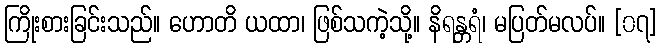
ကြိုးစားခြင်းသည်။ ဟောတိ ယထာ၊ ဖြစ်သကဲ့သို့။ နိရန္တရံ၊ မပြတ်မလပ်။ [၀၇]